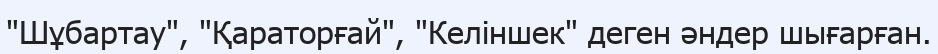
"Шұбартау", "Қараторғай", "Келіншек" деген әндер шығарған.